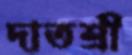
দাতশ্রী